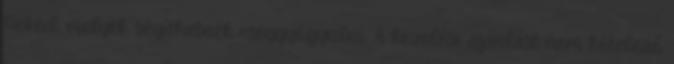
Neked, melyek segíthetnek meggyógyulni. A kezelési ajánlást nem kötelező